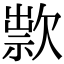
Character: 㱁